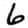
Digit: 6